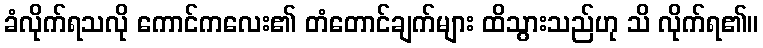
ခံလိုက်ရသလို ကောင်ကလေး၏ တံတောင်ချက်များ ထိသွားသည်ဟု သိ လိုက်ရ၏။